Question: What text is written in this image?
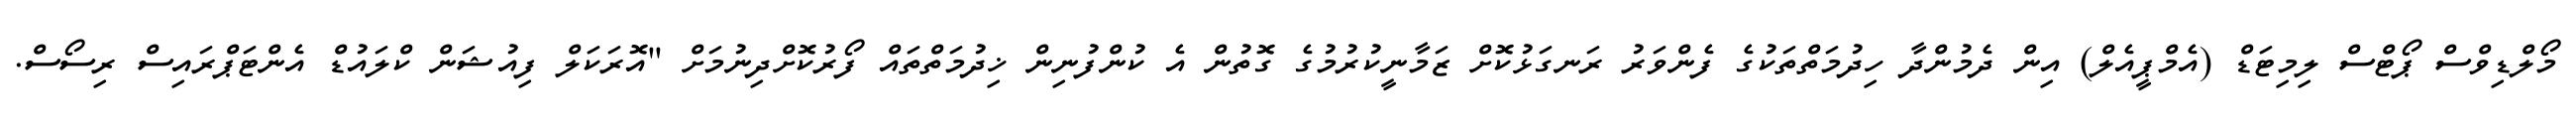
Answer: މޯލްޑިވްސް ޕޯޓްސް ލިމިޓަޑް (އެމްޕީއެލް) އިން ދެމުންދާ ހިދުމަތްތަކުގެ ފެންވަރު ރަނގަޅުކޮށް ޒަމާނީކުރުމުގެ ގޮތުން އެ ކުންފުނިން ޚިދުމަތްތައް ފޯރުކޮށްދިނުމަށް "އޮރަކަލް ފިއުޝަން ކްލައުޑް އެންޓަޕްރައިސް ރިސޯސް.